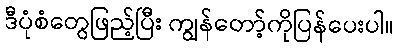
ဒီပုံစံတွေဖြည့်ပြီး ကျွန်တော့်ကိုပြန်ပေးပါ။